Vaccination in Burma 1920-1933 - 1920-1933
Year: 1920
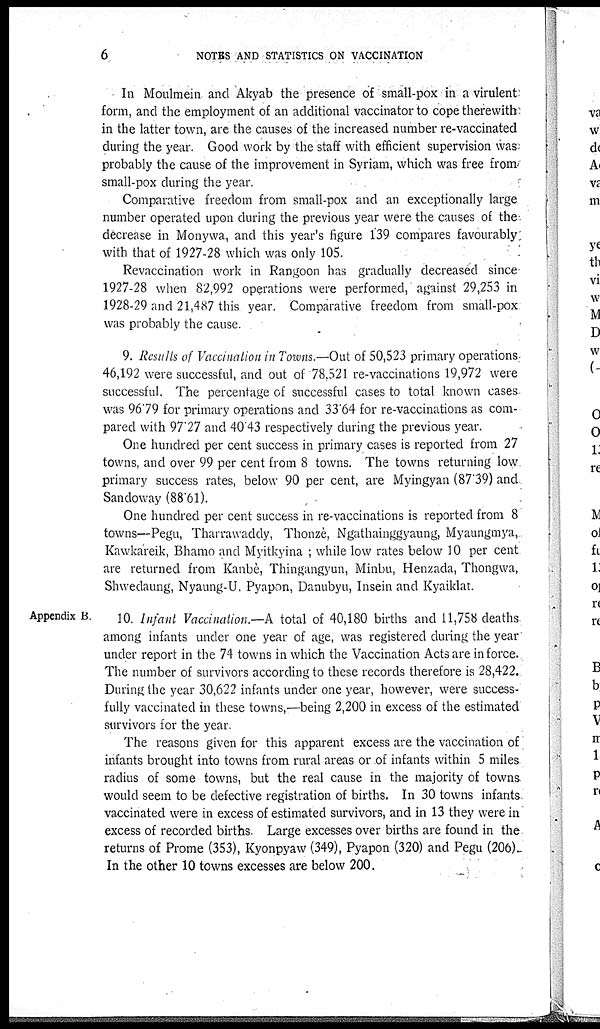
6
NOTES AND STATISTICS ON VACCINATION
In Moulmein and Akyab the presence of small-pox in a virulent
form, and the employment of an additional vaccinator to cope therewith
in the latter town, are the causes of the increased number re-vaccinated
during the year. Good work by the staff with efficient supervision was
probably the cause of the improvement in Syriam, which was free from
small-pox during the year.
Comparative freedom from small-pox and an exceptionally large
number operated upon during the previous year were the causes of the
decrease in Monywa, and this year's figure 139 compares favourably
with that of 1927-28 which was only 105.
Revaccination work in Rangoon has gradually decreased since
1927-28 when 82,992 operations were performed, against 29,253 in
1928-29 and 21,487 this year. Comparative freedom from small-pox
was probably the cause.
9. Results of Vaccination in Towns.—Out of 50,523 primary operations-
46,192 were successful, and out of 78.521 re-vaccinations 19,972 were
successful. The percentage of successful cases to total known cases
was 96.79 for primary operations and 33.64 for re-vaccinations as com-
pared with 97.27 and 40.43 respectively during the previous year.
One hundred per cent success in primary cases is reported from 27
towns, and over 99 per cent from 8 towns. The towns returning low
primary success rates, below 90 per cent, are Myingyan (87.39) and
Sandoway (88.61).
One hundred per cent success in re-vaccinations is reported from 8
towns—Pegu, Tharrawaddy, Thonzè, Ngathainggyaung, Myaungmya,
Kawkareik, Bhamo and Myitkyina ; while low rates below 10 per cent
are returned from Kanbè, Thingangyun, Minbu, Henzada, Thongwa,
Shwedaung, Nyaung-U, Pyapon, Danubyu, Insein and Kyaiklat.
Appendix B.
10. Infant Vaccination.—A total of 40,180 births and 11,758 deaths
among infants under one year of age, was registered during the year
under report in the 74 towns in which the Vaccination Acts are in force.
The number of survivors according to these records therefore is 28,422.
During the year 30,622 infants under one year, however, were success-
fully vaccinated in these towns,—being 2,200 in excess of the estimated
survivors for the year.
The reasons given for this apparent excess are the vaccination of
infants brought into towns from rural areas or of infants within 5 miles
radius of some towns, but the real cause in the majority of towns
would seem to be defective registration of births. In 30 towns infants
vaccinated were in excess of estimated survivors, and in 13 they were in
excess of recorded births. Large excesses over births are found in the
returns of Prome (353), Kyonpyaw (349), Pyapon (320) and Pegu (206).
In the other 10 towns excesses are below 200.